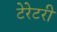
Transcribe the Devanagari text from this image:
टेरेटरी